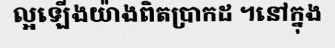
ល្អឡើងយ៉ាងពិតប្រាកដ ។នៅក្នុង